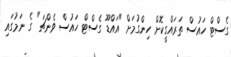
ގެސްޓް ހައުސް ތަރައްގީކޮށް ހިންގުމަށް "އައްޑޫ ގެސްޓް ހައުސް ވެންޗަ" ގެ ނަމުގައި